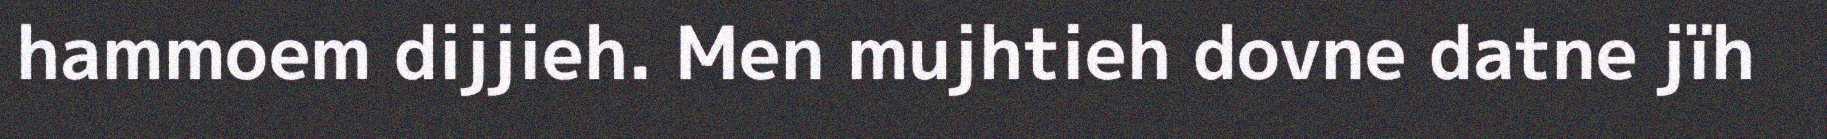
hammoem dijjieh. Men mujhtieh dovne datne jïh